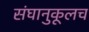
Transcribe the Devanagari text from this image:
संघानुकूलच